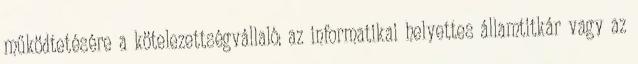
működtetésére a kötelezettségvállaló: az informatikai helyettes államtitkár vagy az